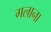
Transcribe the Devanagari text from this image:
गलाना